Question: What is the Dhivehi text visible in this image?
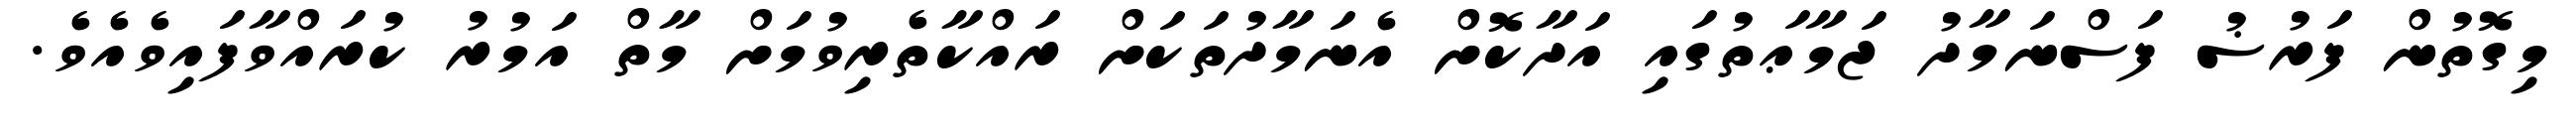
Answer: މިގޮތުން ފަރުޟު ފަސްނަމާދު ޖަމާޢަތުގައި އަދާކޮށް އެނަމާދުތަކަށް ރައްކާތެރިވުމަށް މާތް އަމުރު ކުރައްވާފައިވެއެވެ.